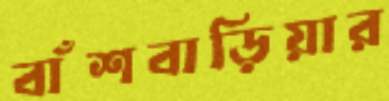
বাঁশবাড়িয়ার